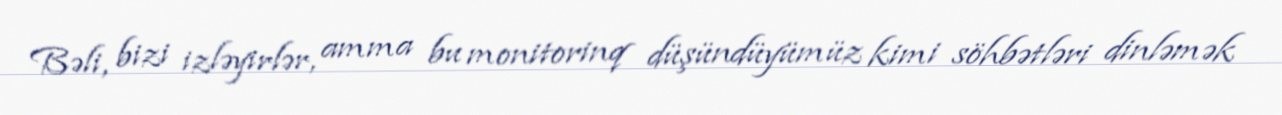
Bəli, bizi izləyirlər, amma bu monitorinq düşündüyümüz kimi söhbətləri dinləmək